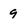
Character: 9